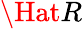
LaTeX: \Hat{R}